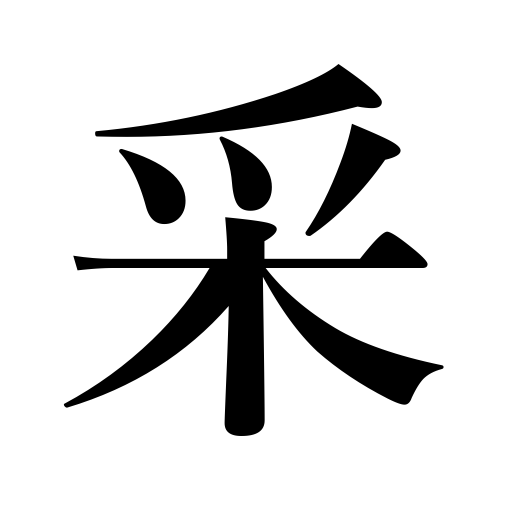
Meanings: form,dice,appearance